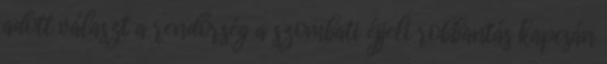
adott választ a rendőrség a szombati éjjeli robbantás kapcsán